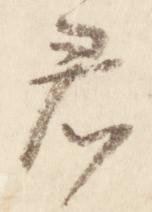
君